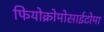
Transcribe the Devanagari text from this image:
फियोक्रोमोसाईटोमा